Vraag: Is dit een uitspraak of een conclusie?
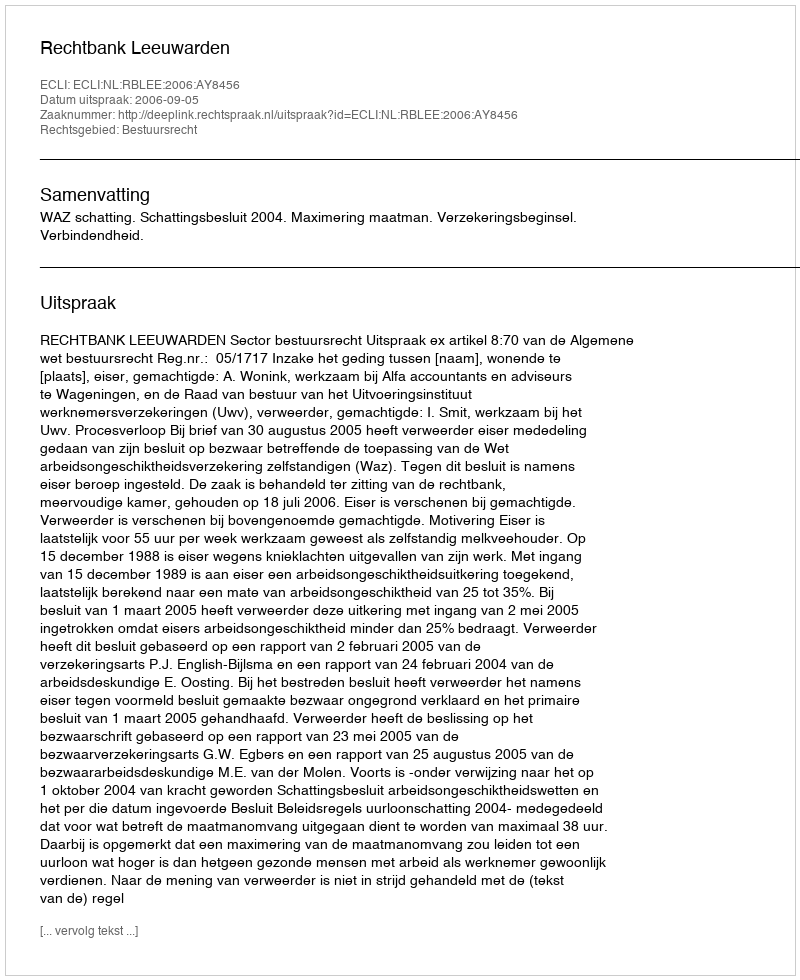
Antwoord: Uitspraak